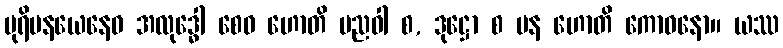
ပုရိမနယေနေဝ အလုဒ္ဓေါ စေဝ ဟောတိ ပညဝါ စ, ဒုဋ္ဌော စ ပန ဟောတိ ကောဓနော။ ယဿ